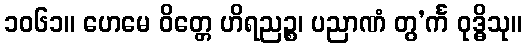
၁၀၆၁။ ဟေမေ ဝိတ္တေ ဟိရညဉ္စ၊ ပညာဏံ တွ’င်္က ဝုဒ္ဓိသု။